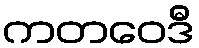
ကတဝေဒီ